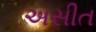
અસીત